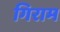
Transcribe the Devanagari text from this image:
गिराम